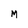
Character: M